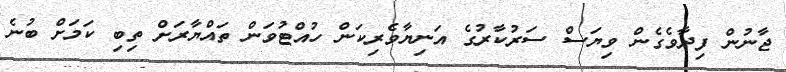
ޖާނުން ފިދާވެގެން ވިޔަސް ސަރުކާރުގެ އަނިޔާވެރިކަން ހުއްޓުވަން ތައްޔާރަށް ތިބި ކަމަށް ބުނެ